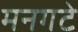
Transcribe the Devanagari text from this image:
मनगटे